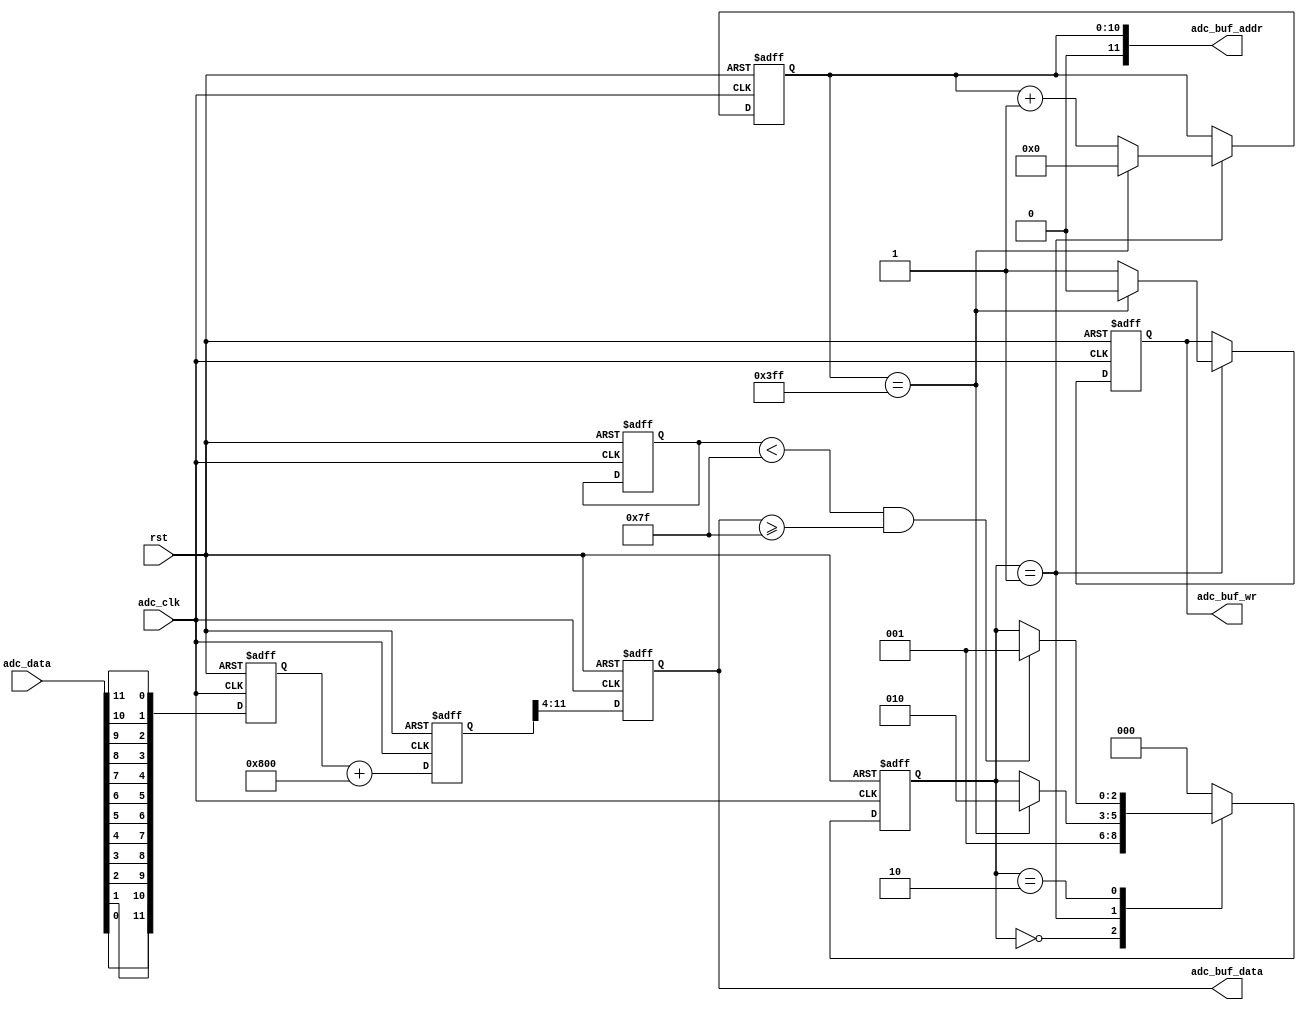
//////////////////////////////////////////////////////////////////////////////////
//                                                                              //
//                                                                              //
//          msq@qq.com                                                          //
//          ALINX(shanghai) Technology Co.,Ltd                                  //
//          heijin                                                              //
//     WEB: http://www.alinx.cn/                                                //
//     BBS: http://www.heijin.org/                                              //
//                                                                              //
//////////////////////////////////////////////////////////////////////////////////
//                                                                              //
// Copyright (c) 2017,ALINX(shanghai) Technology Co.,Ltd                        //
//                    All rights reserved                                       //
//                                                                              //
// This source file may be used and distributed without restriction provided    //
// that this copyright statement is not removed from the file and that any      //
// derivative work contains the original copyright notice and the associated    //
// disclaimer.                                                                  //
//                                                                              //
//////////////////////////////////////////////////////////////////////////////////

//================================================================================
//  Revision History:
//  Date          By            Revision    Change Description
//--------------------------------------------------------------------------------
//2017/8/28                   1.0          Original
//*******************************************************************************/
module ad9226_sample(
	input                       adc_clk,
	input                       rst,
	input[11:0]                 adc_data,
	output reg                  adc_buf_wr,
	output[11:0]                adc_buf_addr,
	output[7:0]                 adc_buf_data
);

`define TRIGGER

localparam       S_IDLE    = 0;
localparam       S_SAMPLE  = 1;
localparam       S_WAIT    = 2;

reg signed[11:0]  adc_data_reve;
reg signed[12:0] adc_data_offset;
reg[7:0] adc_data_narrow;
reg[7:0] adc_data_narrow_d0;
reg[10:0] sample_cnt;
reg[31:0] wait_cnt;
reg[2:0] state;
assign adc_buf_addr = sample_cnt;
assign adc_buf_data = adc_data_narrow;
always@(posedge adc_clk or posedge rst)
begin
	if(rst == 1'b1)
		adc_data_reve <= 12'd0;
	else
		adc_data_reve <= {adc_data[0],adc_data[1],adc_data[2],adc_data[3],adc_data[4],adc_data[5],
		adc_data[6],adc_data[7],adc_data[8],adc_data[9],adc_data[10],adc_data[11]};
end

always@(posedge adc_clk or posedge rst)
begin
	if(rst == 1'b1)
		adc_data_offset <= 13'd0;
	else
		adc_data_offset <= {adc_data_reve[11],adc_data_reve} + 13'd2048;
end

always@(posedge adc_clk or posedge rst)
begin
	if(rst == 1'b1)
		adc_data_narrow <= 8'd0;
	else
		adc_data_narrow <= adc_data_offset[11:4];
end

always@(posedge adc_clk or posedge rst)
begin
	if(rst == 1'b1)
		adc_data_narrow_d0 <= 8'd0;
	else
		adc_data_narrow_d0 <= adc_data_narrow_d0;
end
always@(posedge adc_clk or posedge rst)
begin
	if(rst == 1'b1)
	begin
		state <= S_IDLE;
		wait_cnt <= 32'd0;
		sample_cnt <= 11'd0;
		adc_buf_wr <= 1'b0;
	end
	else
		case(state)
			S_IDLE:
			begin
				state <= S_SAMPLE;
			end
			S_SAMPLE:
			begin
				if(sample_cnt == 11'd1023)
				begin
					sample_cnt <= 11'd0;
					adc_buf_wr <= 1'b0;
					state <= S_WAIT;
				end
				else
				begin
					sample_cnt <= sample_cnt + 11'd1;
					adc_buf_wr <= 1'b1;
				end
				
			end		
			S_WAIT:
			begin
`ifdef  TRIGGER				
				if(adc_data_narrow_d0 < 8'd127 && adc_data_narrow >= 8'd127)
					state <= S_SAMPLE;
`else
				if(wait_cnt == 32'd25_000_000)
				begin
					state <= S_SAMPLE;
					wait_cnt <= 32'd0;
				end
				else
				begin
					wait_cnt <= wait_cnt + 32'd1;
				end
`endif					
			end	
			default:
				state <= S_IDLE;
		endcase
end

endmodule